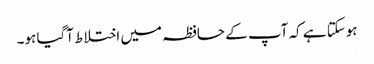
ہوسکتا ہے کہ آپ کے حافظہ میں اختلاط آگیا ہو۔